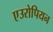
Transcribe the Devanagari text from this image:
एउरोपियन